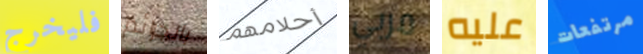
فليخرج بالجرائم أحلامهم مربي عليه مرتفعات